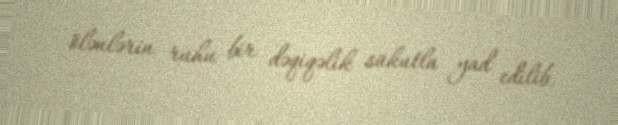
ölənlərin ruhu bir dəqiqəlik sükutla yad edilib.